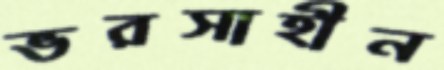
ভরসাহীন